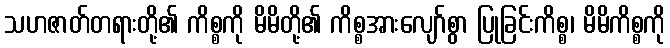
သဟဇာတ်တရားတို့၏ ကိစ္စကို မိမိတို့၏ ကိစ္စအားလျော်စွာ ပြုခြင်းကိစ္စ၊ မိမိကိစ္စကို